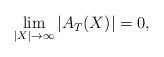
LaTeX: \begin{align*}\aligned\lim_{|X|\rightarrow\infty}|A_T(X)|=0,\endaligned\end{align*}